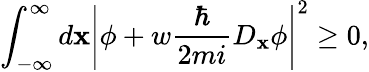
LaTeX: \int_{-\infty}^{\infty}d\mathbf{x}\left|\phi+w\frac{{\hbar}}{{2mi}}D_{\mathbf{x}}\phi\right|^{2}\ge0,